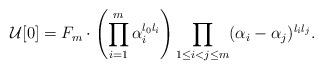
LaTeX: \begin{align*}\mathcal{U}[0]= F_m\cdot \left( \prod_{i=1}^{m} \alpha_i^{l_0l_i} \right) \prod_{1 \le i < j \le m} (\alpha_i - \alpha_j)^{l_i l_j}. \end{align*}